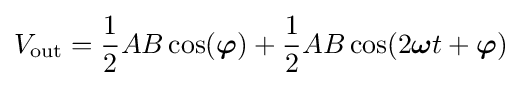
V_{\mathrm {out} }={\frac {1}{2}}AB\cos({\boldsymbol {\varphi }})+{\frac {1}{2}}AB\cos(2{\boldsymbol {\omega }}t+{\boldsymbol {\varphi }})